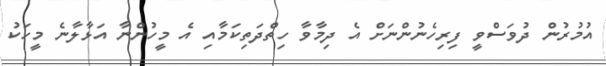
އުމުރުން ދުވަސްވީ ފިރިހެނުންނަށް އެ ދިމާވާ ހިތްދަތިކަމާއި އެ މީހުންނާ އަޅާލާނެ މީހަކު